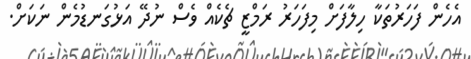
އެހެން ފަހަރުތަކާ ހިލާފަށް މިފަހަރު ރަމްޒީ ޗެކެއް ވެސް ނުދޭ އަޅުގަނޑުމެން ނަކަށް.